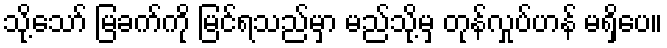
သို့သော် မြခက်ကို မြင်ရသည်မှာ မည်သို့မှ တုန်လှုပ်ဟန် မရှိပေ။